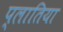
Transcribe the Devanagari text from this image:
प्लातिया